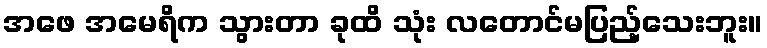
အဖေ အမေရိက သွားတာ ခုထိ သုံး လတောင်မပြည့်သေးဘူး။